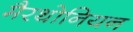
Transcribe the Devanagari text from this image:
मैरथोनियन